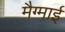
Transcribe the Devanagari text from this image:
मैग्माई